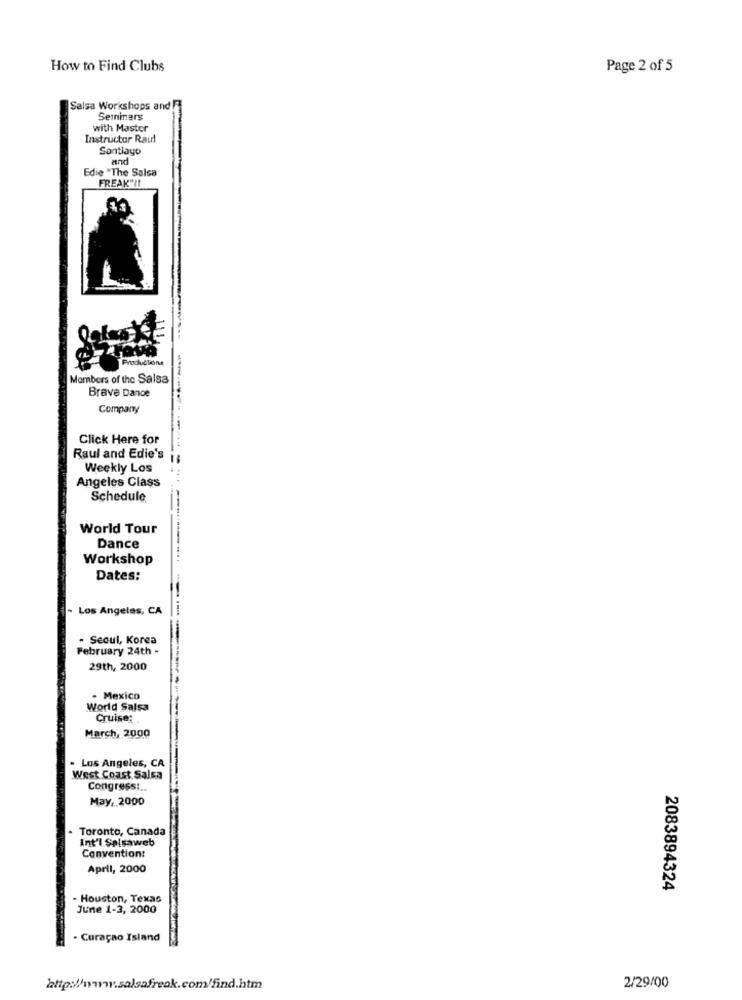
How to Find Clubs
Page 2 of 5
Salsa Workshops and FI
Seminars
with Master
Instructor Raul
Santiago
and
Edie "The Salsa
FREAK" !!
Productione
Members of the Salsa
Brave Dance
Company
Click Here for
Raul and Edie's
Weekly Los
Angeles Class
Schedule
World Tour
Dance
Workshop
---
Dates:
Los Angeles, CA
. Seoul, Korea
February 24th -
29th, 2000
- Mexico
World Salsa
Cruise:
March, 2000
. Los Angeles, CA
West Coast Salsa
Congress :..
May, 2000
Toronto, Canada
Int'l Salsaweb
Convention:
April, 2000
2083894324
Houston, Texas
June 1-3, 2000
- Curaçao Island
http://www.salsafreak.com/find.htm
2/29/00